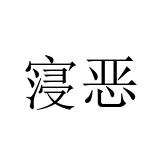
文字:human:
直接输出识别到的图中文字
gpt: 寖恶